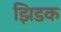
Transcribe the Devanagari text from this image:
झिडक